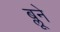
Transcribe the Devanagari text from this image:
ब्लूने